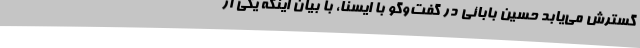
گسترش می‌یابد حسین بابائی در گفت‌وگو با ایسنا، با بیان اینکه یکی از